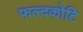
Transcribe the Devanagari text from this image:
फल्दकोटि